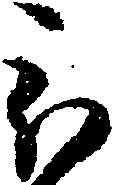
被